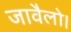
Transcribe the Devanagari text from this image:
जावैलो।